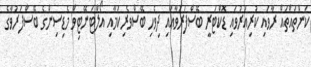
ކަންތައްތައް ރާވައި ކުރިއަރުވައި ޑޮކްޓަރީ ބޭސްފަރުވާއާއި ދިވެހި ބޭސްވެރިކަމާއި އޯލްޓަނޭޓިވް މެޑިސިންގެ ބޭސްފަރުވާގެ